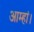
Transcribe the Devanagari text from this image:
आम्हां।